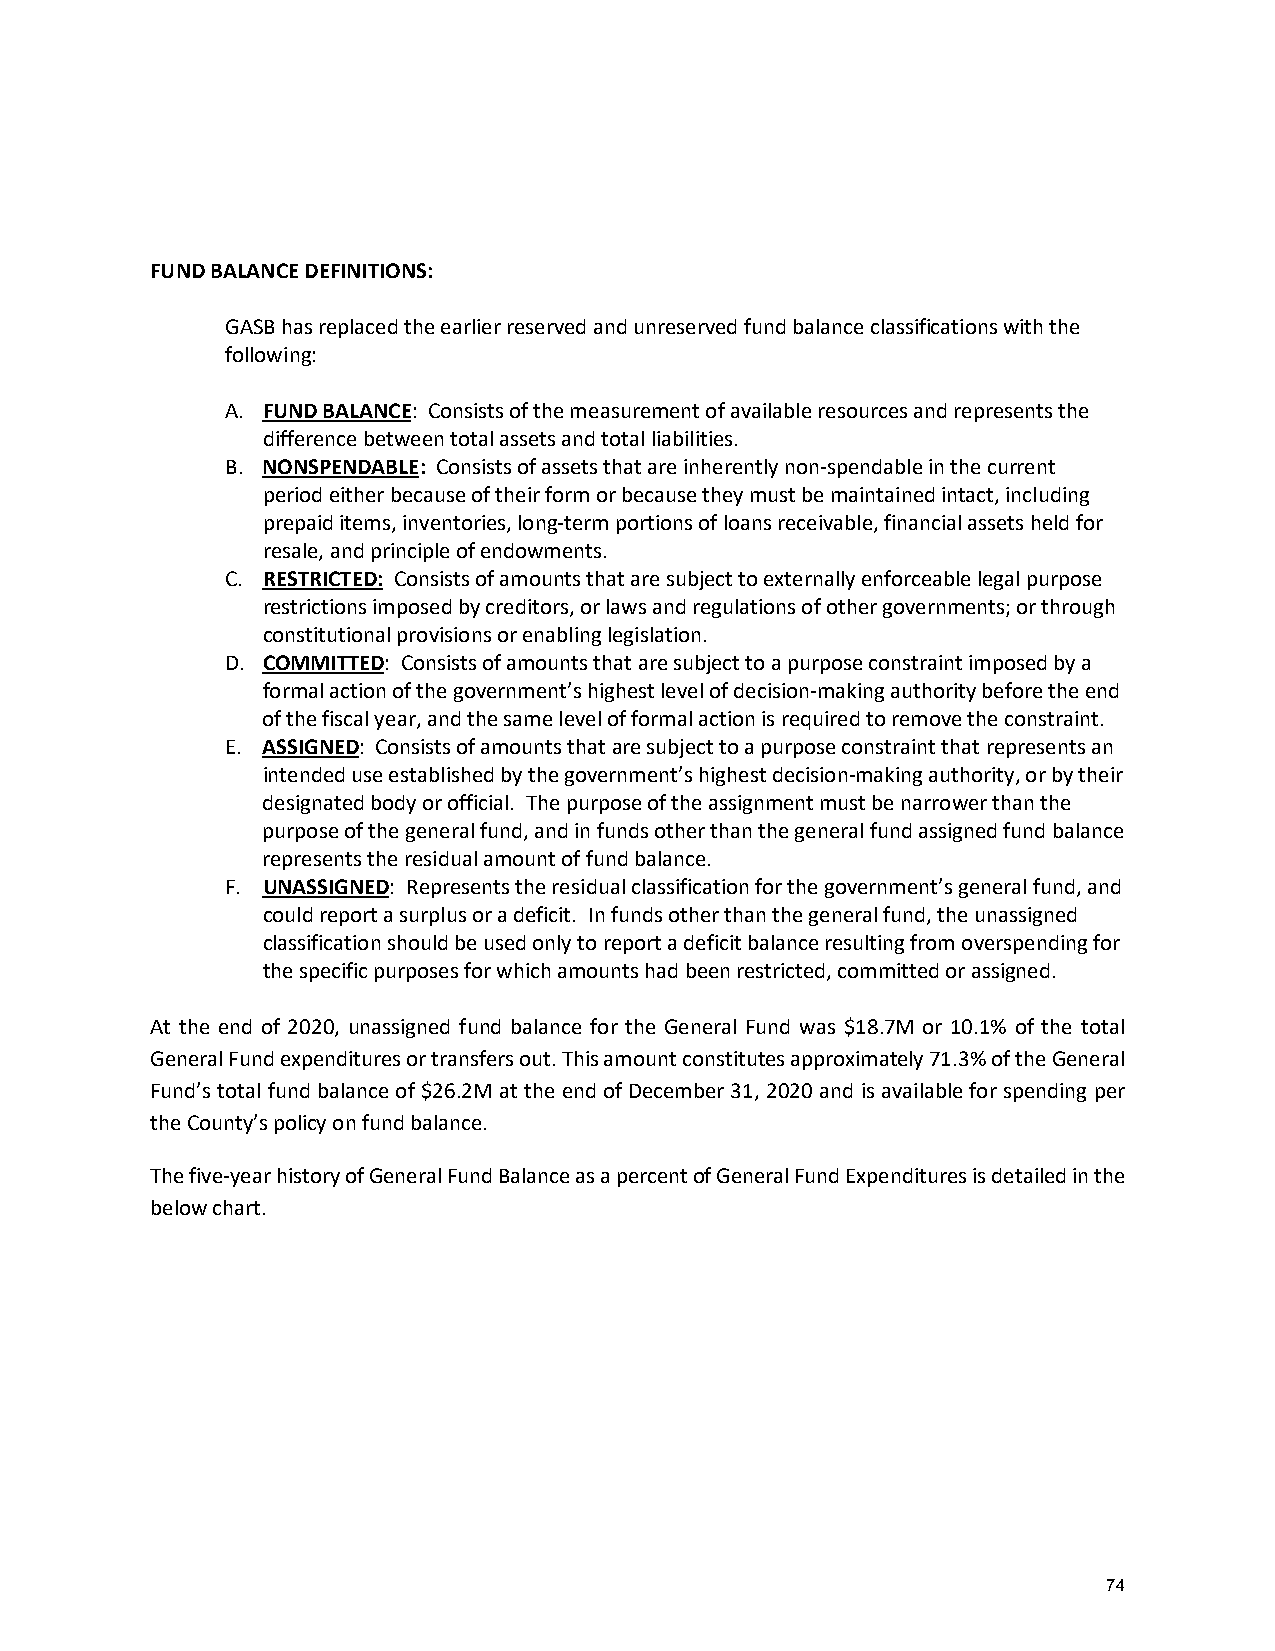
FUND BALANCE DEFINITIONS:
 GASB has replaced the earlier reserved and unreserved fund balance classifications with the
 following:
 A. FUND BALANCE: Consists of the measurement of available resources and represents the
 difference between total assets and total liabilities.
 B. NONSPENDABLE: Consists of assets that are inherently non-spendable in the current
 period either because of their form or because they must be maintained intact, including
 prepaid items, inventories, long-term portions of loans receivable, financial assets held for
 resale, and principle of endowments.
 C. RESTRICTED: Consists of amounts that are subject to externally enforceable legal purpose
 restrictions imposed by creditors, or laws and regulations of other governments; or through
 constitutional provisions or enabling legislation.
 D. COMMITTED: Consists of amounts that are subject to a purpose constraint imposed by a
 formal action of the government’s highest level of decision-making authority before the end
 of the fiscal year, and the same level of formal action is required to remove the constraint.
 E. ASSIGNED: Consists of amounts that are subject to a purpose constraint that represents an
 intended use established by the government’s highest decision-making authority, or by their
 designated body or official. The purpose of the assignment must be narrower than the
 purpose of the general fund, and in funds other than the general fund assigned fund balance
 represents the residual amount of fund balance.
 F. UNASSIGNED: Represents the residual classification for the government’s general fund, and
 could report a surplus or a deficit. In funds other than the general fund, the unassigned
 classification should be used only to report a deficit balance resulting from overspending for
 the specific purposes for which amounts had been restricted, committed or assigned.
 At the end of 2020, unassigned fund balance for the General Fund was $18.7M or 10.1% of the total
 General Fund expenditures or transfers out. This amount constitutes approximately 71.3% of the General
 Fund’s total fund balance of $26.2M at the end of December 31, 2020 and is available for spending per
 the County’s policy on fund balance.
 The five-year history of General Fund Balance as a percent of General Fund Expenditures is detailed in the
 below chart.
 74